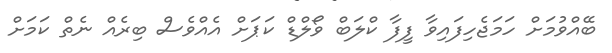
ބޭއްވުމަށް ހަމަޖެހިފައިވާ ފީފާ ކްލަބް ވޯލްޑް ކަޕަށް އެއްވެސް ބިރެއް ނެތް ކަމަށް